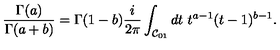
\frac { \Gamma ( a ) } { \Gamma ( a + b ) } = \Gamma ( 1 - b ) \frac { i } { 2 \pi } \int _ { { \cal C } _ { 0 1 } } d t \ t ^ { a - 1 } ( t - 1 ) ^ { b - 1 } .